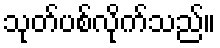
သုတ်ပစ်လိုက်သည်။